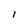
Character: l